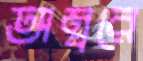
অম্বরে